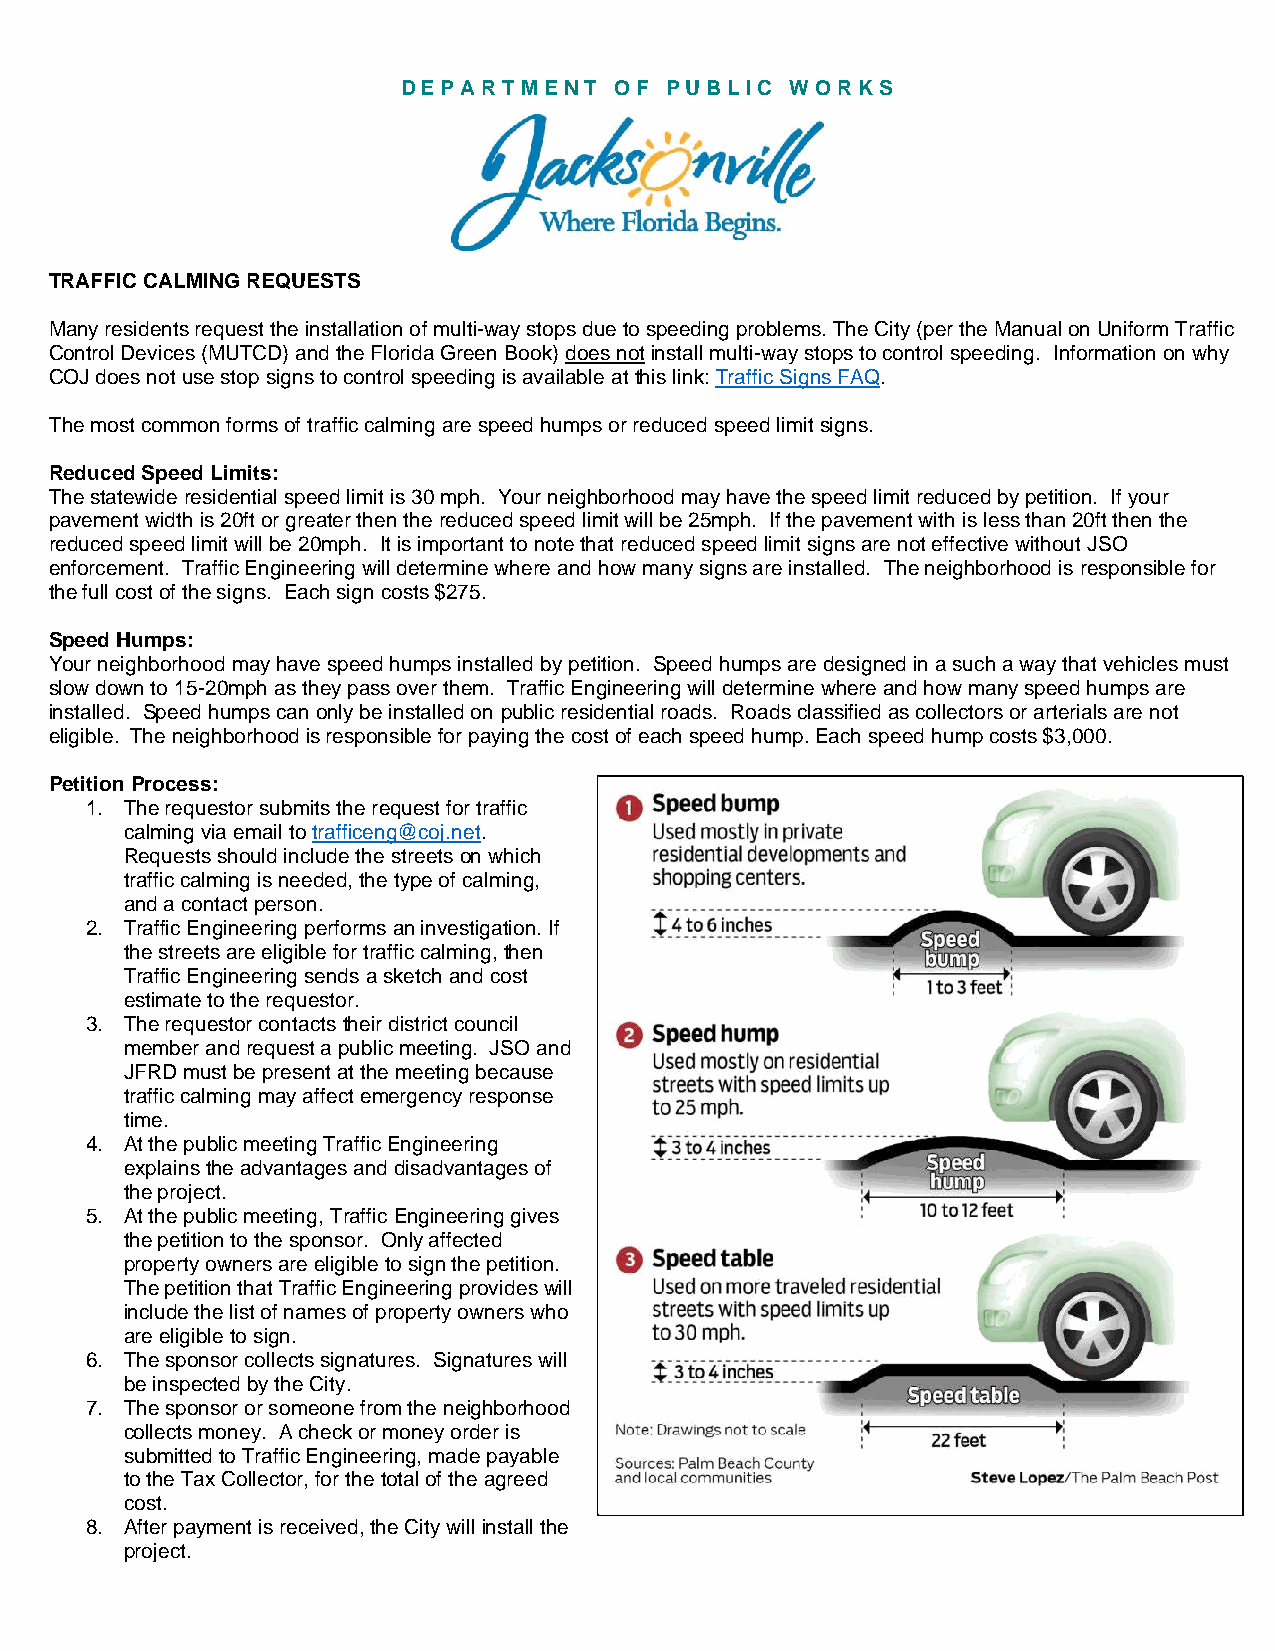
D EP A R T M E N T O F P U B L I C W O R K S
 TRAFFIC CALMING REQUESTS
 Many residents request the installation of multi-way stops due to speeding problems. The City (per the Manual on Uniform Traffic
 Control Devices (MUTCD) and the Florida Green Book) does not install multi-way stops to control speeding. Information on why
 COJ does not use stop signs to control speeding is available at this link: Traffic Signs FAQ.
 The most common forms of traffic calming are speed humps or reduced speed limit signs.
 Reduced Speed Limits:
 The statewide residential speed limit is 30 mph. Your neighborhood may have the speed limit reduced by petition. If your
 pavement width is 20ft or greater then the reduced speed limit will be 25mph. If the pavement with is less than 20ft then the
 reduced speed limit will be 20mph. It is important to note that reduced speed limit signs are not effective without JSO
 enforcement. Traffic Engineering will determine where and how many signs are installed. The neighborhood is responsible for
 the full cost of the signs. Each sign costs $275.
 Speed Humps:
 Your neighborhood may have speed humps installed by petition. Speed humps are designed in a such a way that vehicles must
 slow down to 15-20mph as they pass over them. Traffic Engineering will determine where and how many speed humps are
 installed. Speed humps can only be installed on public residential roads. Roads classified as collectors or arterials are not
 eligible. The neighborhood is responsible for paying the cost of each speed hump. Each speed hump costs $3,000.
 Petition Process:
 O
 1. The requestor submits the request for traffic Speed bump
 calming via email to trafficeng@coj.net. Used mostly in private
 Requests should include the streets on which residential developments and
 traffic calming is needed, the type of calming, shopping centers.
 and a contact person.              t
 2. Traffic Engineering performs an investigation. If 4 to 6 inches _____ _
 the streets are eligible for traffic calming, then
 Traffic Engineering sends a sketch and cost
 estimate to the requestor.
 3. The requestor contacts their district council 8
 Speed hump
 member and request a public meeting. JSO and
 Used mostly on residential
 JFRD must be present at the meeting because
 streets with speed limits up
 traffic calming may affect emergency response
 tozs mph.
 time.
 t
 4. At the public meeting Traffic Engineering 3 to 4 inches ~ ~ ~ ~ ~ ~ · · · · · · · · · · · · ·
 explains the advantages and disadvantages of
 the project.
 5. At the public meeting, Traffic Engineering gives    10 to 12feet
 the petition to the sponsor. Only affected
 E) Speed table
 property owners are eligible to sign the petition.
 The petition that Traffic Engineering provides will Used on more traveled residential
 include the list of names of property owners who streets with speed limits up
 are eligible to sign.              to30 mph.
 6. The sponsor collects signatures. Signatures will
 ; ~ 3 to 4 inches~~~~~ -· · · -· -·
 be inspected by the City.
 7. The sponsor or someone from the neighborhood
 collects money. A check or money order is Note: Drawings not to scale
 22 feet
 submitted to Traffic Engineering, made payable
 Sources: Palm Beach County
 to the Tax Collector, for the total of the agreed and local communities Steve Lopez/The Palm Beach Post
 cost.
 8. After payment is received, the City will install the
 project.